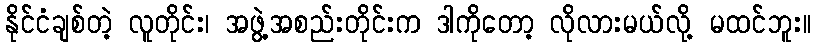
နိုင်ငံချစ်တဲ့ လူတိုင်း၊ အဖွဲ့အစည်းတိုင်းက ဒါကိုတော့ လိုလားမယ်လို့ မထင်ဘူး။